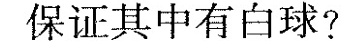
保证其中有白球?